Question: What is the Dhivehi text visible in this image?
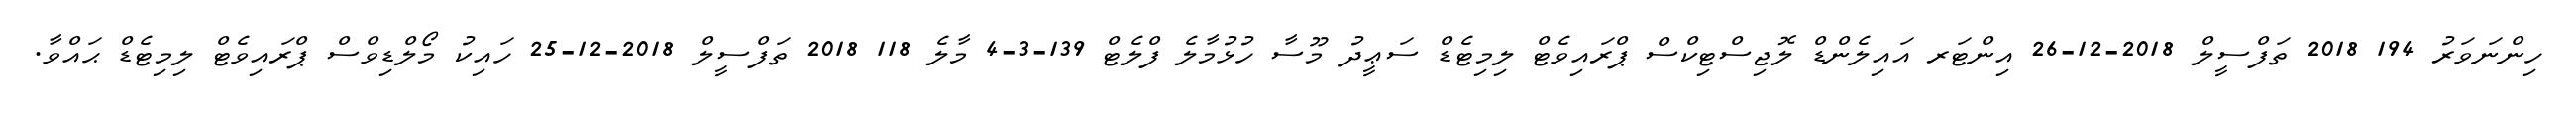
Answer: ހިންނަވަރު 194 2018 ތަފްސީލް 2018-12-26 އިންޓަރ އައިލެންޑް ލޮޖިސްޓިކްސް ޕްރައިވެޓް ލިމިޓެޑް ސަޢީދު މޫސާ ހުޅުމާލެ ފްލެޓް 139-3-4 މާލެ 118 2018 ތަފްސީލް 2018-12-25 ހައިކު މޯލްޑިވްސް ޕްރައިވެޓް ލިމިޓެޑް ޙައްވާ.